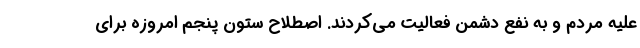
علیه مردم و به نفع دشمن فعالیت می‌کردند. اصطلاح ستون پنجم امروزه برای